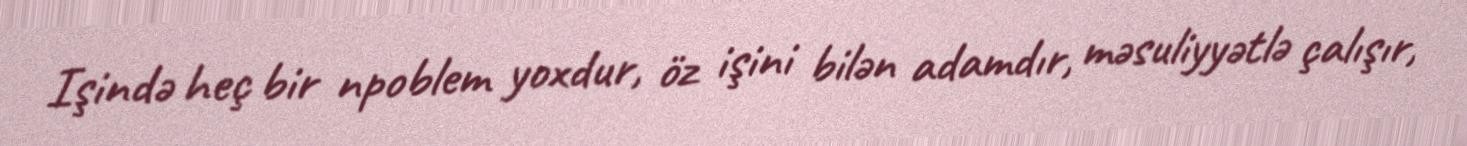
Işində heç bir npoblem yoxdur, öz işini bilən adamdır, məsuliyyətlə çalışır,